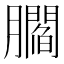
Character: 𰯤